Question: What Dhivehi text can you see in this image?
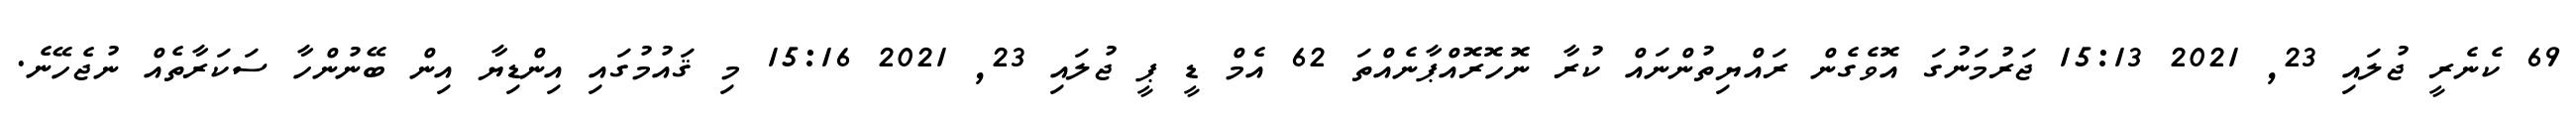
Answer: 69 ކެނެރީ ޖުލައި 23, 2021 15:13 ޖަރުމަނުގަ އޮވެގެން ރައްޔިތުންނައް ކުރާ ނޮހޮރޮއްޕާނެއްތަ 62 އެމް ޑީ ޕީ ޖުލައި 23, 2021 15:16 މި ޤައުމުގައި އިންޑިޔާ އިން ބޭނުންހާ ސަކަރާތެއް ނުޖެހޭނެ.